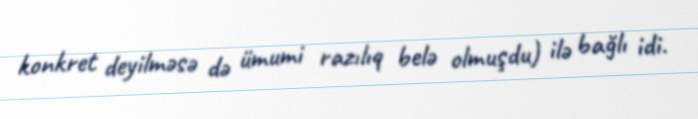
konkret deyilməsə də ümumi razılıq belə olmuşdu) ilə bağlı idi.